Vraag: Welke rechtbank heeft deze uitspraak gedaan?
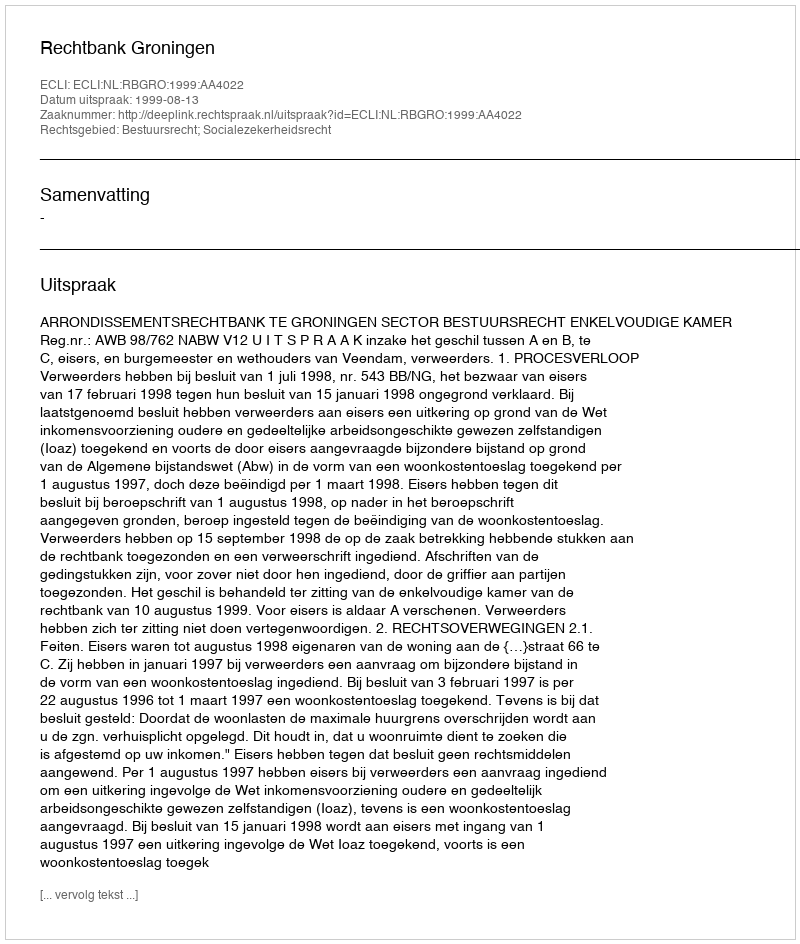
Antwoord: Rechtbank Groningen